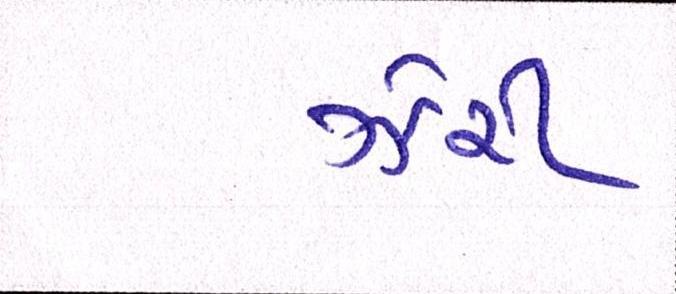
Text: ઝેરી